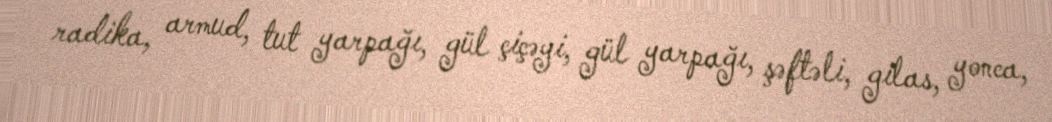
radika, armud, tut yarpağı, gül çiçəyi, gül yarpağı, şəftəli, gilas, yonca,